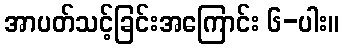
အာပတ်သင့်ခြင်းအကြောင်း ၆-ပါး။